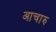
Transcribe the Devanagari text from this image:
आचारु